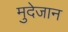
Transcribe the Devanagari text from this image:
मुदेजान